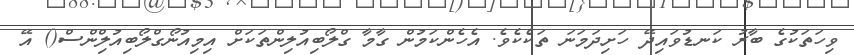
ވިހަތަކުގެ ބާރު ކަނޑުވައިދޭ ހަށިދަމަނަ ތަކެކެވެ. އެހެންކަމުން ގާމާ ގްލޯބިއުލިންތަކަށް އިމިއުނޯގްލޯބިއުލިްންސް() އޭ